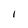
Character: l